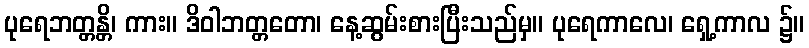
ပုရေဘတ္တန္တိ၊ ကား။ ဒိဝါဘတ္တတော၊ နေ့ဆွမ်းစားပြီးသည်မှ။ ပုရေကာလေ၊ ရှေ့ကာလ ၌။